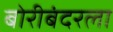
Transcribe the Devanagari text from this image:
बोरीबंदरला